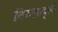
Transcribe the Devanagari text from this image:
निरुक्तवृत्तौ